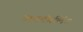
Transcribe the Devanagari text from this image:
अनटैंगलिंग